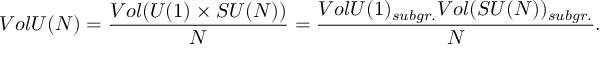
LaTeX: V o l U ( N ) = \frac { V o l ( U ( 1 ) \times S U ( N ) ) } { N } = \frac { V o l U ( 1 ) _ { s u b g r . } V o l ( S U ( N ) ) _ { s u b g r . } } { N } .